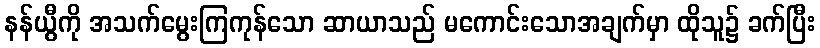
နန်ယွီကို အသက်မွေးကြကုန်သော ဆာယာသည် မကောင်းသောအချက်မှာ ထိုသူ၌ ခက်ပြီး